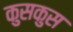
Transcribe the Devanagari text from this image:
कुसकुस